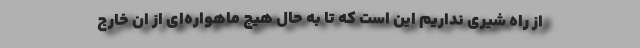
از راه شیری نداریم این است که تا به حال هیچ ماهواره‌ای از ان خارج